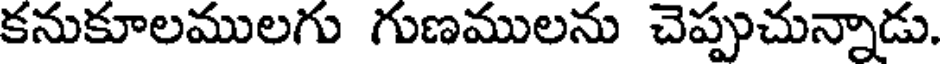
కనుకూలములగు గుణములను చెప్పుచున్నాడు.